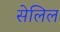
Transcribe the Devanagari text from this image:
सेलिल